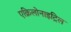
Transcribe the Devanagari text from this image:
एक्रिलोनाइट्रिल